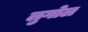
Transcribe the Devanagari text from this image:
लुगोल